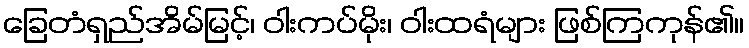
ခြေတံရှည်အိမ်မြင့်၊ ဝါးကပ်မိုး၊ ဝါးထရံများ ဖြစ်ကြကုန်၏။